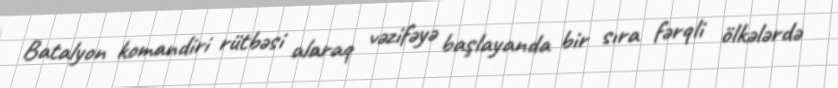
Batalyon komandiri rütbəsi alaraq vəzifəyə başlayanda bir sıra fərqli ölkələrdə